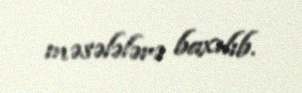
məsələlərə baxılıb.